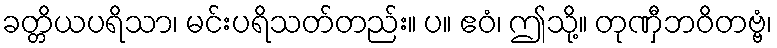
ခတ္တိယပရိသာ၊ မင်းပရိသတ်တည်း။ ပ။ ဧဝံ၊ ဤသို့။ တုဏှီဘဝိတဗ္ဗံ၊